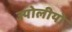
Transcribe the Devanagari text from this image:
ज्योलीयो